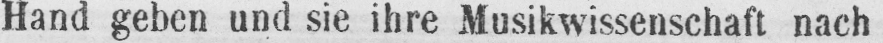
Hand geben und sie ihre Musikwissenschaft nach